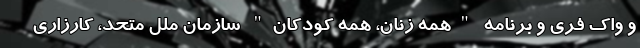
و واک فری و برنامه "همه زنان، همه کودکان" سازمان ملل متحد، کارزاری